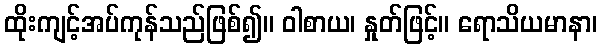
ထိုးကျင့်အပ်ကုန်သည်ဖြစ်၍။ ဝါစာယ၊ နှုတ်ဖြင့်။ ရောသိယမာနာ၊